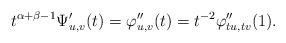
LaTeX: \begin{align*}t^{\alpha+\beta-1}\Psi_{u,v}'(t)=\varphi_{u,v}''(t)=t^{-2}\varphi''_{tu,tv}(1).\end{align*}